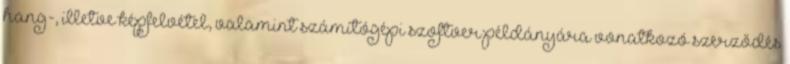
hang-, illetve képfelvétel, valamint számítógépi szoftver példányára vonatkozó szerződés